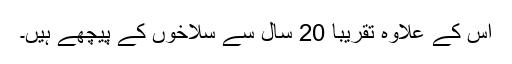
اس کے علاوہ تقریباً 20 سال سے سلاخوں کے پیچھے ہیں۔